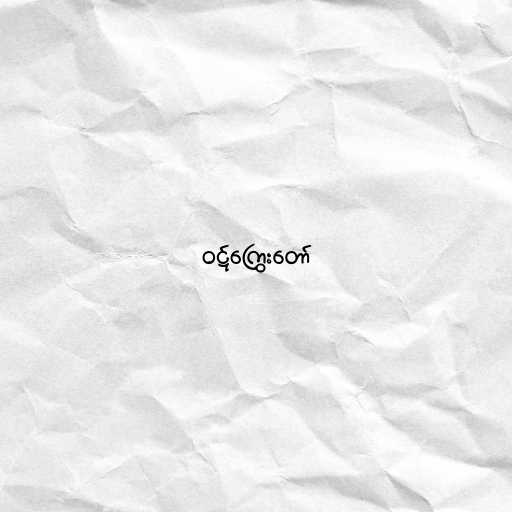
ဝဋ်ကြွေးတော်